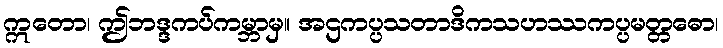
ဣတော၊ ဤဘဒ္ဒကပ်ကမ္ဘာမှ။ အဌကပ္ပသတာဒိကသဟဿကပ္ပမတ္တဓော၊